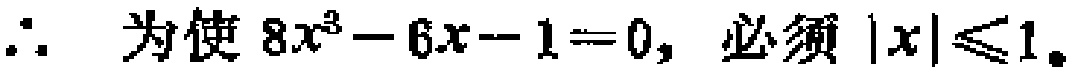
\(\therefore\) 为使 \(8x^{3}-6x - 1 = 0\), 必须 \(|x|\leqslant1\)。